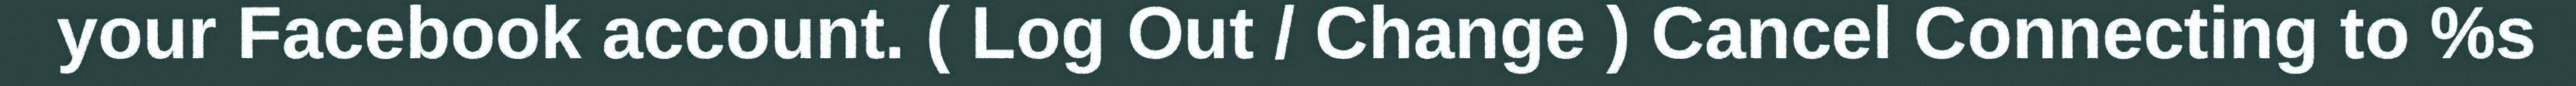
your Facebook account. ( Log Out / Change ) Cancel Connecting to %s